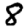
Digit: 8